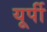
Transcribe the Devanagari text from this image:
यूर्पी